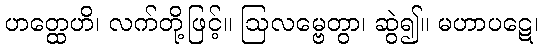
ဟတ္ထေဟိ၊ လက်တို့ဖြင့်။ ဩလမ္ဗေတွာ၊ ဆွဲ၍။ မဟာပဋေ၊